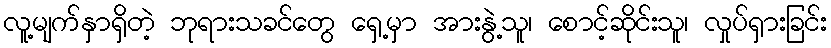
လူ့မျက်နှာရှိတဲ့ ဘုရားသခင်တွေ ရှေ့မှာ အားနွဲ့သူ၊ စောင့်ဆိုင်းသူ၊ လှုပ်ရှားခြင်း